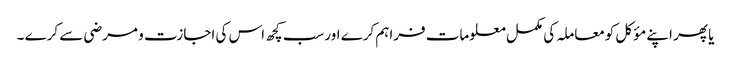
 یا پھر اپنے مؤکل کومعاملہ کی مکمل معلومات فراہم کرے اورسب کچھ اس کی اجازت و مرضی سے کرے ۔